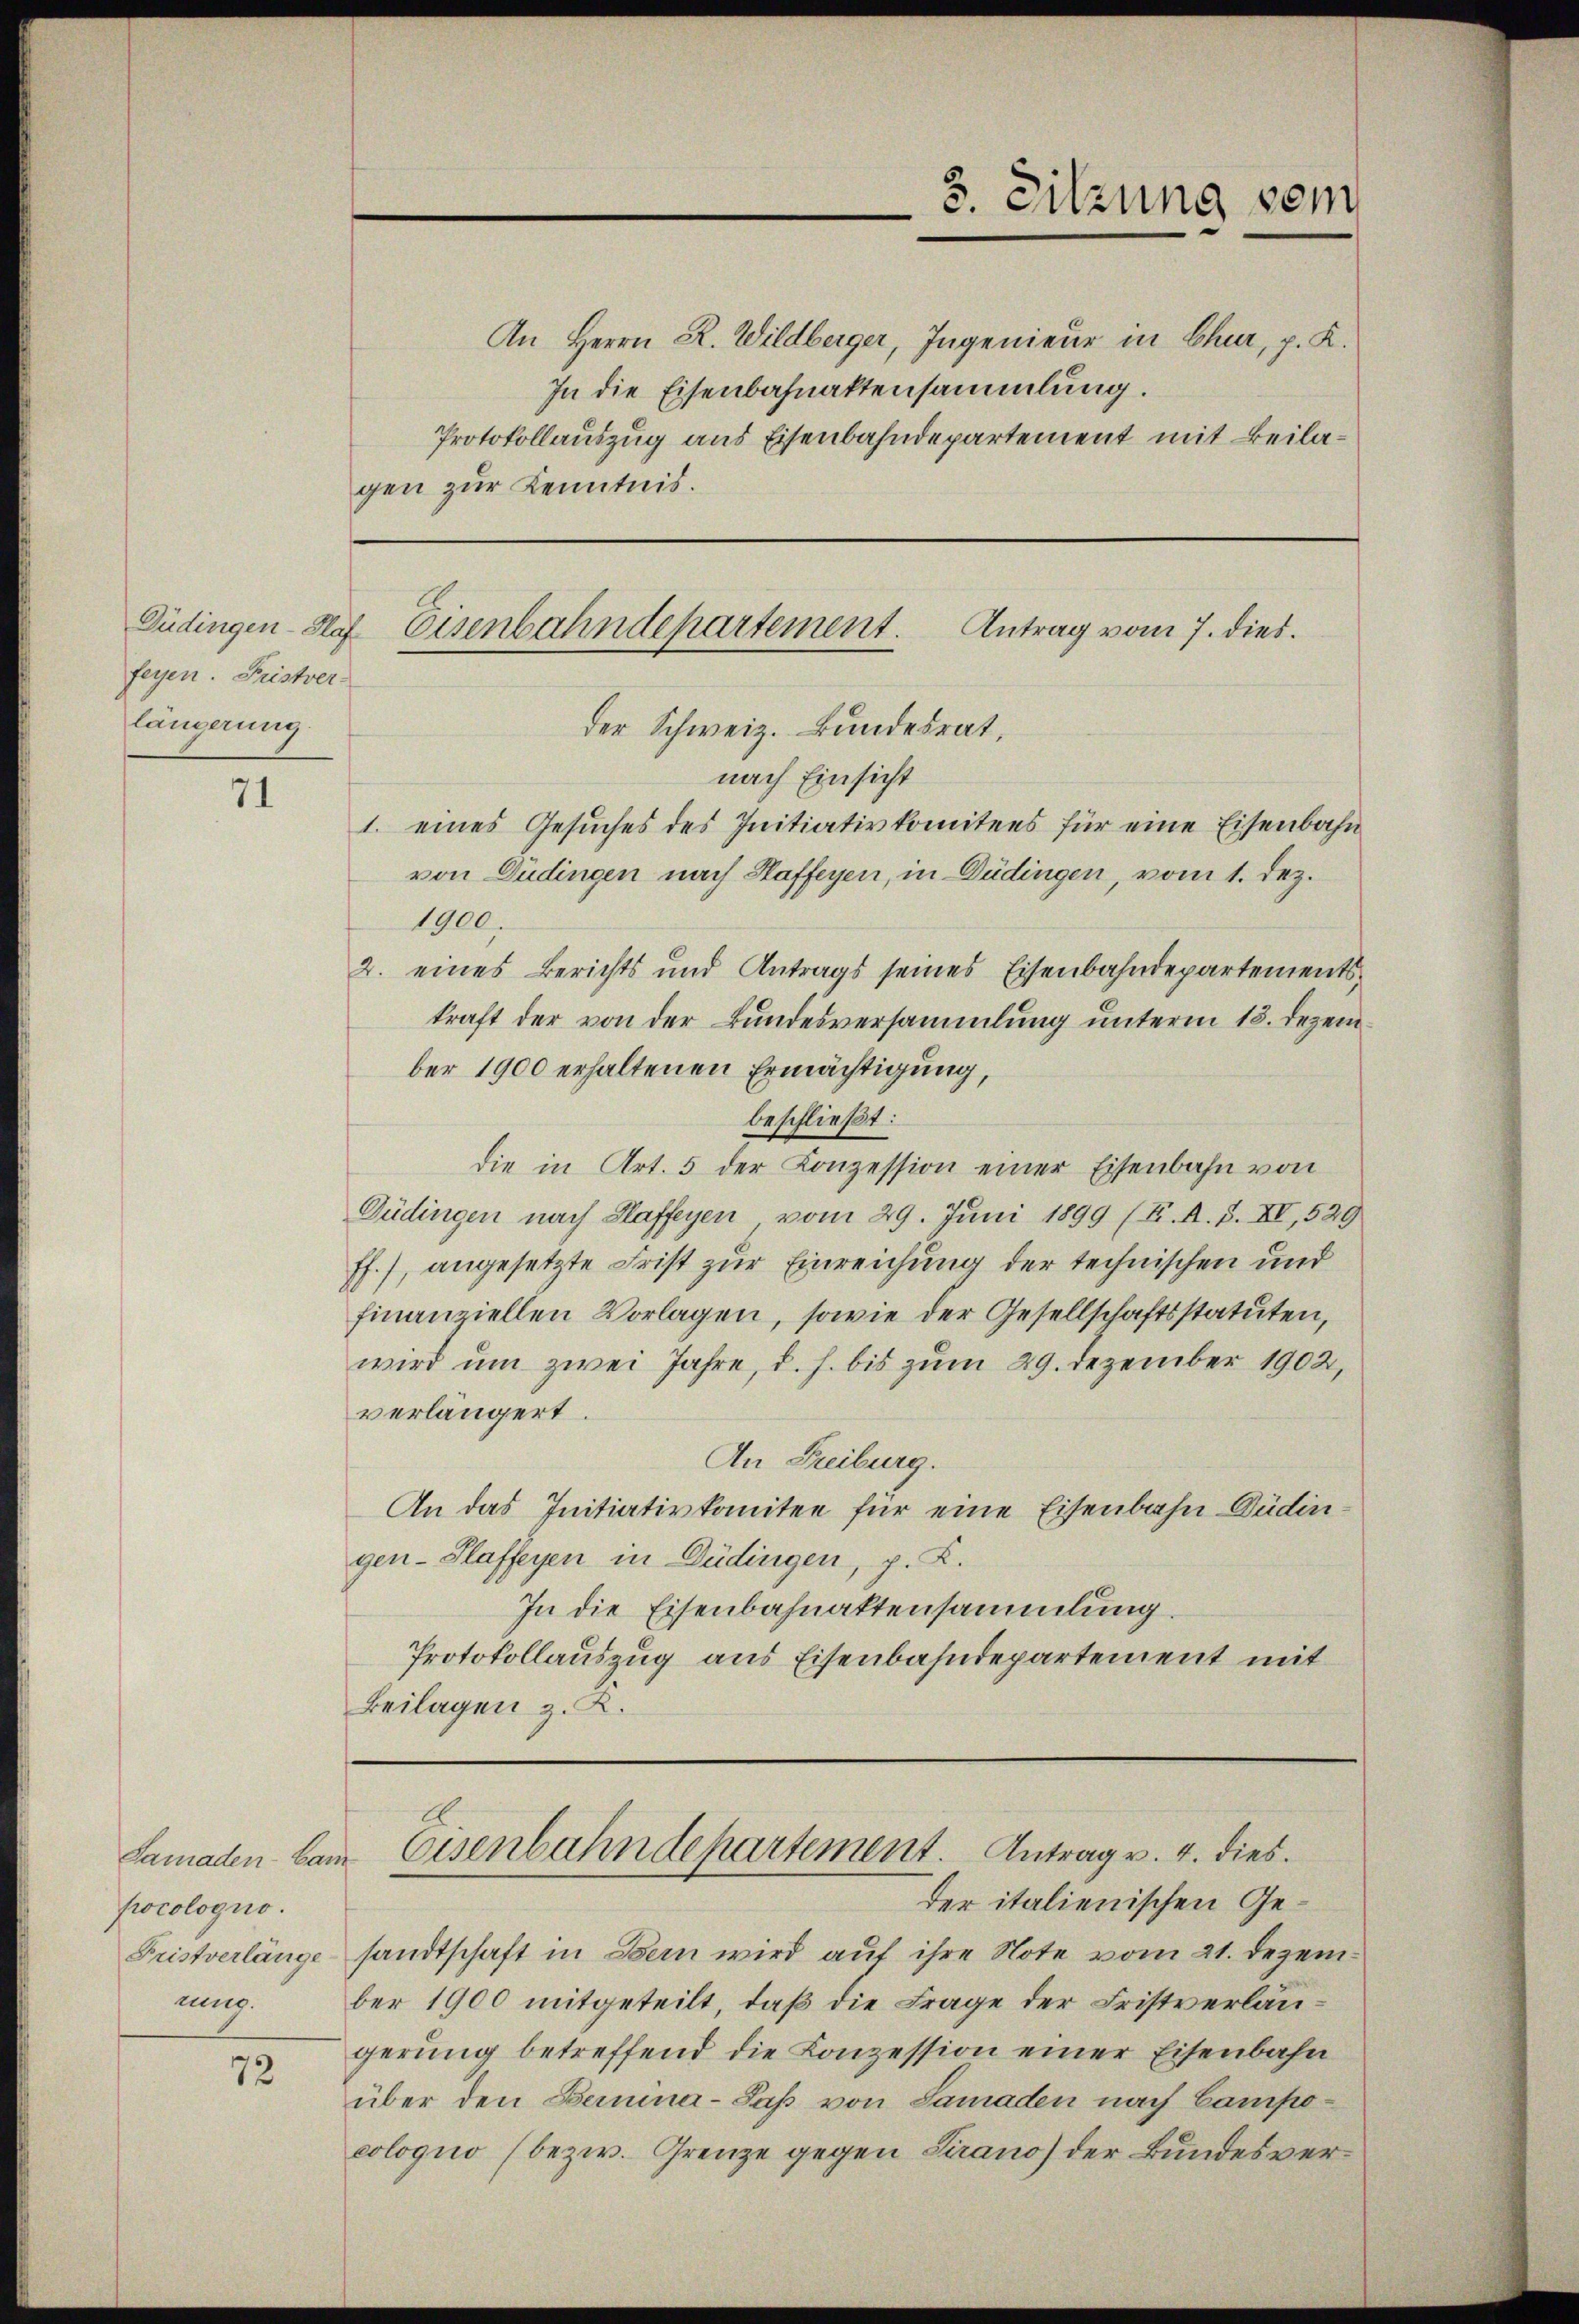
Güdingen - Hafe
feyen. Fristver-
längerung.

71

pocologno.
Fristverlänge
m.

72

An Herrn R. Wildberger, Ingenieur in Chur, p. K.
In die Eisenbahnaktensammlung.
Protokollauszug aus Eisenbahndepartement mit Beilagen zur Kenntnis.

Antrag vom 7. dies.
Eisenbahndepartement.

der Schweiz. Bundesrat,
nach Einsicht
1. eines Gesuches des Initiativkomitees für eine Eisenbahn
1900.
2. eines Berichts und Antrags seines Eisenbahndepartementskraft der von der Bundesversammlung unterm 18. Dezember 1900 erhaltenen Ermächtigung,
beschließt:
die in Art. 5 der Konzession einer Eisenbahn von
Güdingen nach Haffeyen vom 29. Juni 1899 (K. A. S. XV, 529
ff.), angesetzte Frist zur Einreichung der technischen und
finanziellen Vorlagen, sowie der Gesellschaftsstatuten,
wird um zwei Jahre, d. h. bis zum 29. Dezember 1902,
verlängert.
An Freiburg.
An das Initiativkomitee für eine Eisenbahn Düdingen- Slaffeyen in Düdingen, p. K.
In die Eisenbahnaktensammlung.
Protokollauszug aus Eisenbahndepartement mit
Beilagen z. K.

von Düdingen nach Haffeyen, in Düdingen, vom 1. Dez.

3. Sitzung vom

Samaden bei Eisenbahndepartement. Antrag v. 4. dies

der italienischen Gesandtschaft in Bern wird auf ihre Note vom 21. Dezember 1900 mitgeteilt, daß die Frage der Fristverlangerung betreffend die Konzession einer Eisenbahn
über den Bermina-Saß von Samaden nach Campoeologno (bezw. Grenze gegen Sirano der Bundesver¬